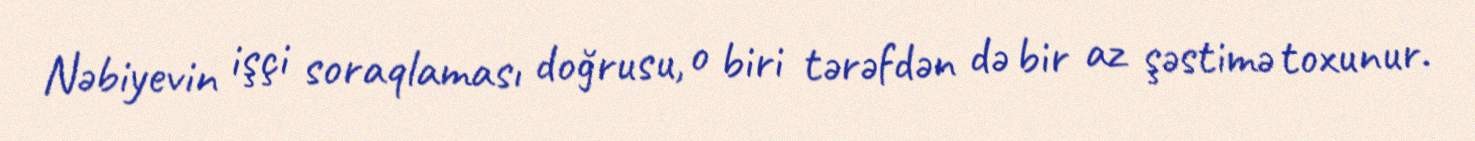
Nəbiyevin işçi soraqlaması doğrusu, o biri tərəfdən də bir az şəstimə toxunur.